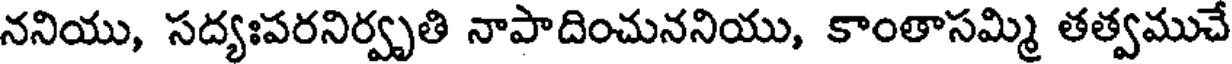
ననియు, సద్యఃపరనిర్వృతి నాపాదించుననియు, కాంతాసమ్మి తత్వముచే